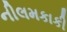
નીલમકાકી